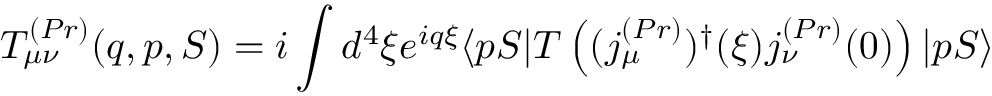
T _ { \mu \nu } ^ { ( P r ) } ( q , p , S ) = i \int d ^ { 4 } \xi e ^ { i q \xi } \langle p S | T \left( ( j _ { \mu } ^ { ( P r ) } ) ^ { \dagger } ( \xi ) j _ { \nu } ^ { ( P r ) } ( 0 ) \right) | p S \rangle